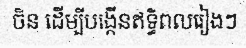
ចិន ដើម្បីបង្កើនឥទ្ធិពលរៀងៗ